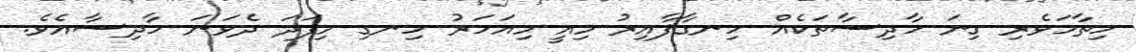
ހިތާމަވެރި ގިނަ ހާދިސާތަކެއް ހިނގާފާއިރު މިއީ މިއަހަރު ހިނގި މިފަދަ ދެވަނަ ހާދިސާއެވެ.